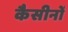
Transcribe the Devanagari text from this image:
कैसीनों